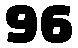
96